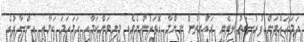
ދަމަހައްޓަން ފުރުސަތު ލިބެނީ ރައްޔިތުން ނިންމާ ގޮތަކުންނެވެ. މިނިވަންކަމާއި ހަމަހަމަ ކަމާއި އިންސާފުގެ